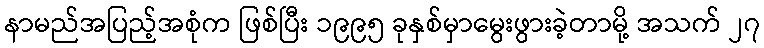
နာမည်အပြည့်အစုံက ဖြစ်ပြီး ၁၉၉၅ ခုနှစ်မှာမွေးဖွားခဲ့တာမို့ အသက် ၂၇